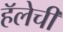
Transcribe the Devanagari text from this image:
हॅलेची